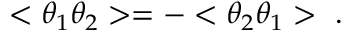
< \theta _ { 1 } \theta _ { 2 } > = - < \theta _ { 2 } \theta _ { 1 } > \ .